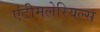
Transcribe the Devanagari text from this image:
एंटीमलेरियल्स